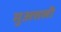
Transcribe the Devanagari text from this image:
मुअत्तली